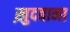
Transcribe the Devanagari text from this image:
ख़ुदवाना